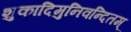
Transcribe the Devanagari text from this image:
शुकादिमुनिवन्दितम्